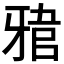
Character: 𤘎